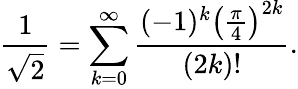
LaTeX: {\frac{1}{\sqrt{2}}}=\sum_{k=0}^{\infty}{\frac{(-1)^{k}\left({\frac{\pi}{4}}\right)^{2k}}{(2k)!}}.